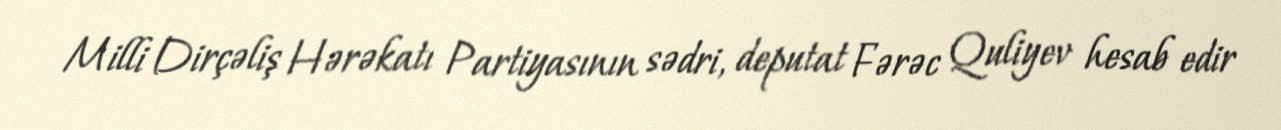
Milli Dirçəliş Hərəkatı Partiyasının sədri, deputat Fərəc Quliyev hesab edir